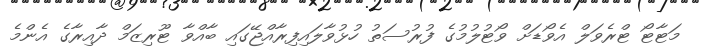
މަޓާޓޯ ޓްރެވަލް އެވޯޑަށް ވޯޓުލުމުގެ ފުރުސަތު ހުޅުވާލައިފިރާއްޖޭގައި ބާއްވާ ޓޫރިޒަމް ދާއިރާގެ އެންމެ